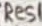
Text: Res1